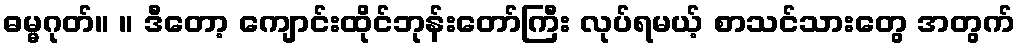
ဓမ္မဂုတ်။ ။ ဒီတော့ ကျောင်းထိုင်ဘုန်းတော်ကြီး လုပ်ရမယ့် စာသင်သားတွေ အတွက်